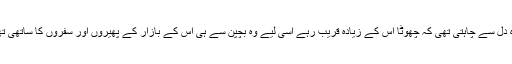
وہ دل سے چاہتی تھی کہ چھوٹا اس کے زیادہ قریب رہے اسی لیے وہ بچپن سے ہی اس کے بازار کے پھیروں اور سفروں کا ساتھی تھا۔